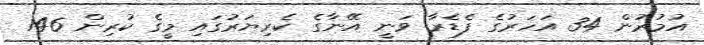
އުމުރުން 34 އަހަރުގެ ފެޑެރާ ވަނީ އޭނާގެ ކެރިޔަރުގައި މީގެ ކުރިން 146